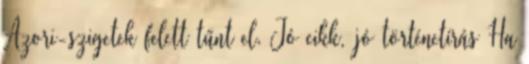
Azori-szigetek felett tűnt el. Jó cikk, jó történetírás Ha